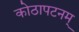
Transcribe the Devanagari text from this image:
कोठापटनम्